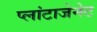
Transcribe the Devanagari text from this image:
प्लांटाजेनेट